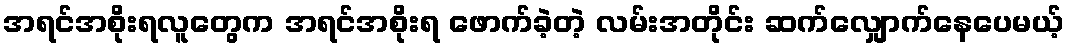
အရင်အစိုးရလူတွေက အရင်အစိုးရ ဖောက်ခဲ့တဲ့ လမ်းအတိုင်း ဆက်လျှောက်နေပေမယ့်